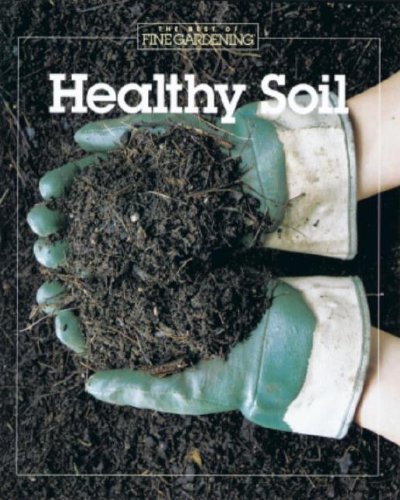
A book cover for Healthy Soil (Best of Fine Gardening); Fine Gardening; Crafts, Hobbies & Home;